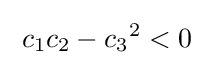
\;c_{1}c_{2}-{c_{3}}^{2}<0~